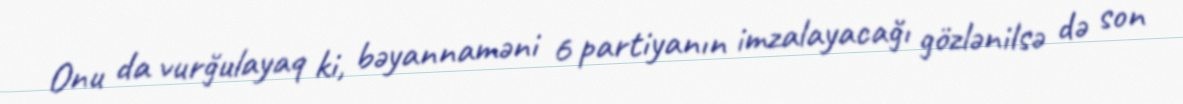
Onu da vurğulayaq ki, bəyannaməni 6 partiyanın imzalayacağı gözlənilsə də son